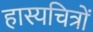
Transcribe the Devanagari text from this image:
हास्यचित्रों